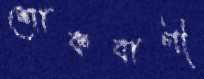
শোকবাণী